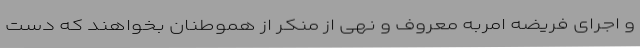
و اجرای فریضه امربه معروف و نهی از منکر از هموطنان بخواهند که دست